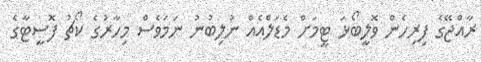
ރާއްޖޭގެ ފިރިހެން ވޮލީބޯޅަ ޓީމަށް މެޑަލްއެއް ނުލިބުނު ނަމަވެސް މިހާރުގެ ކޯޗު ފޮސީޓާގެ